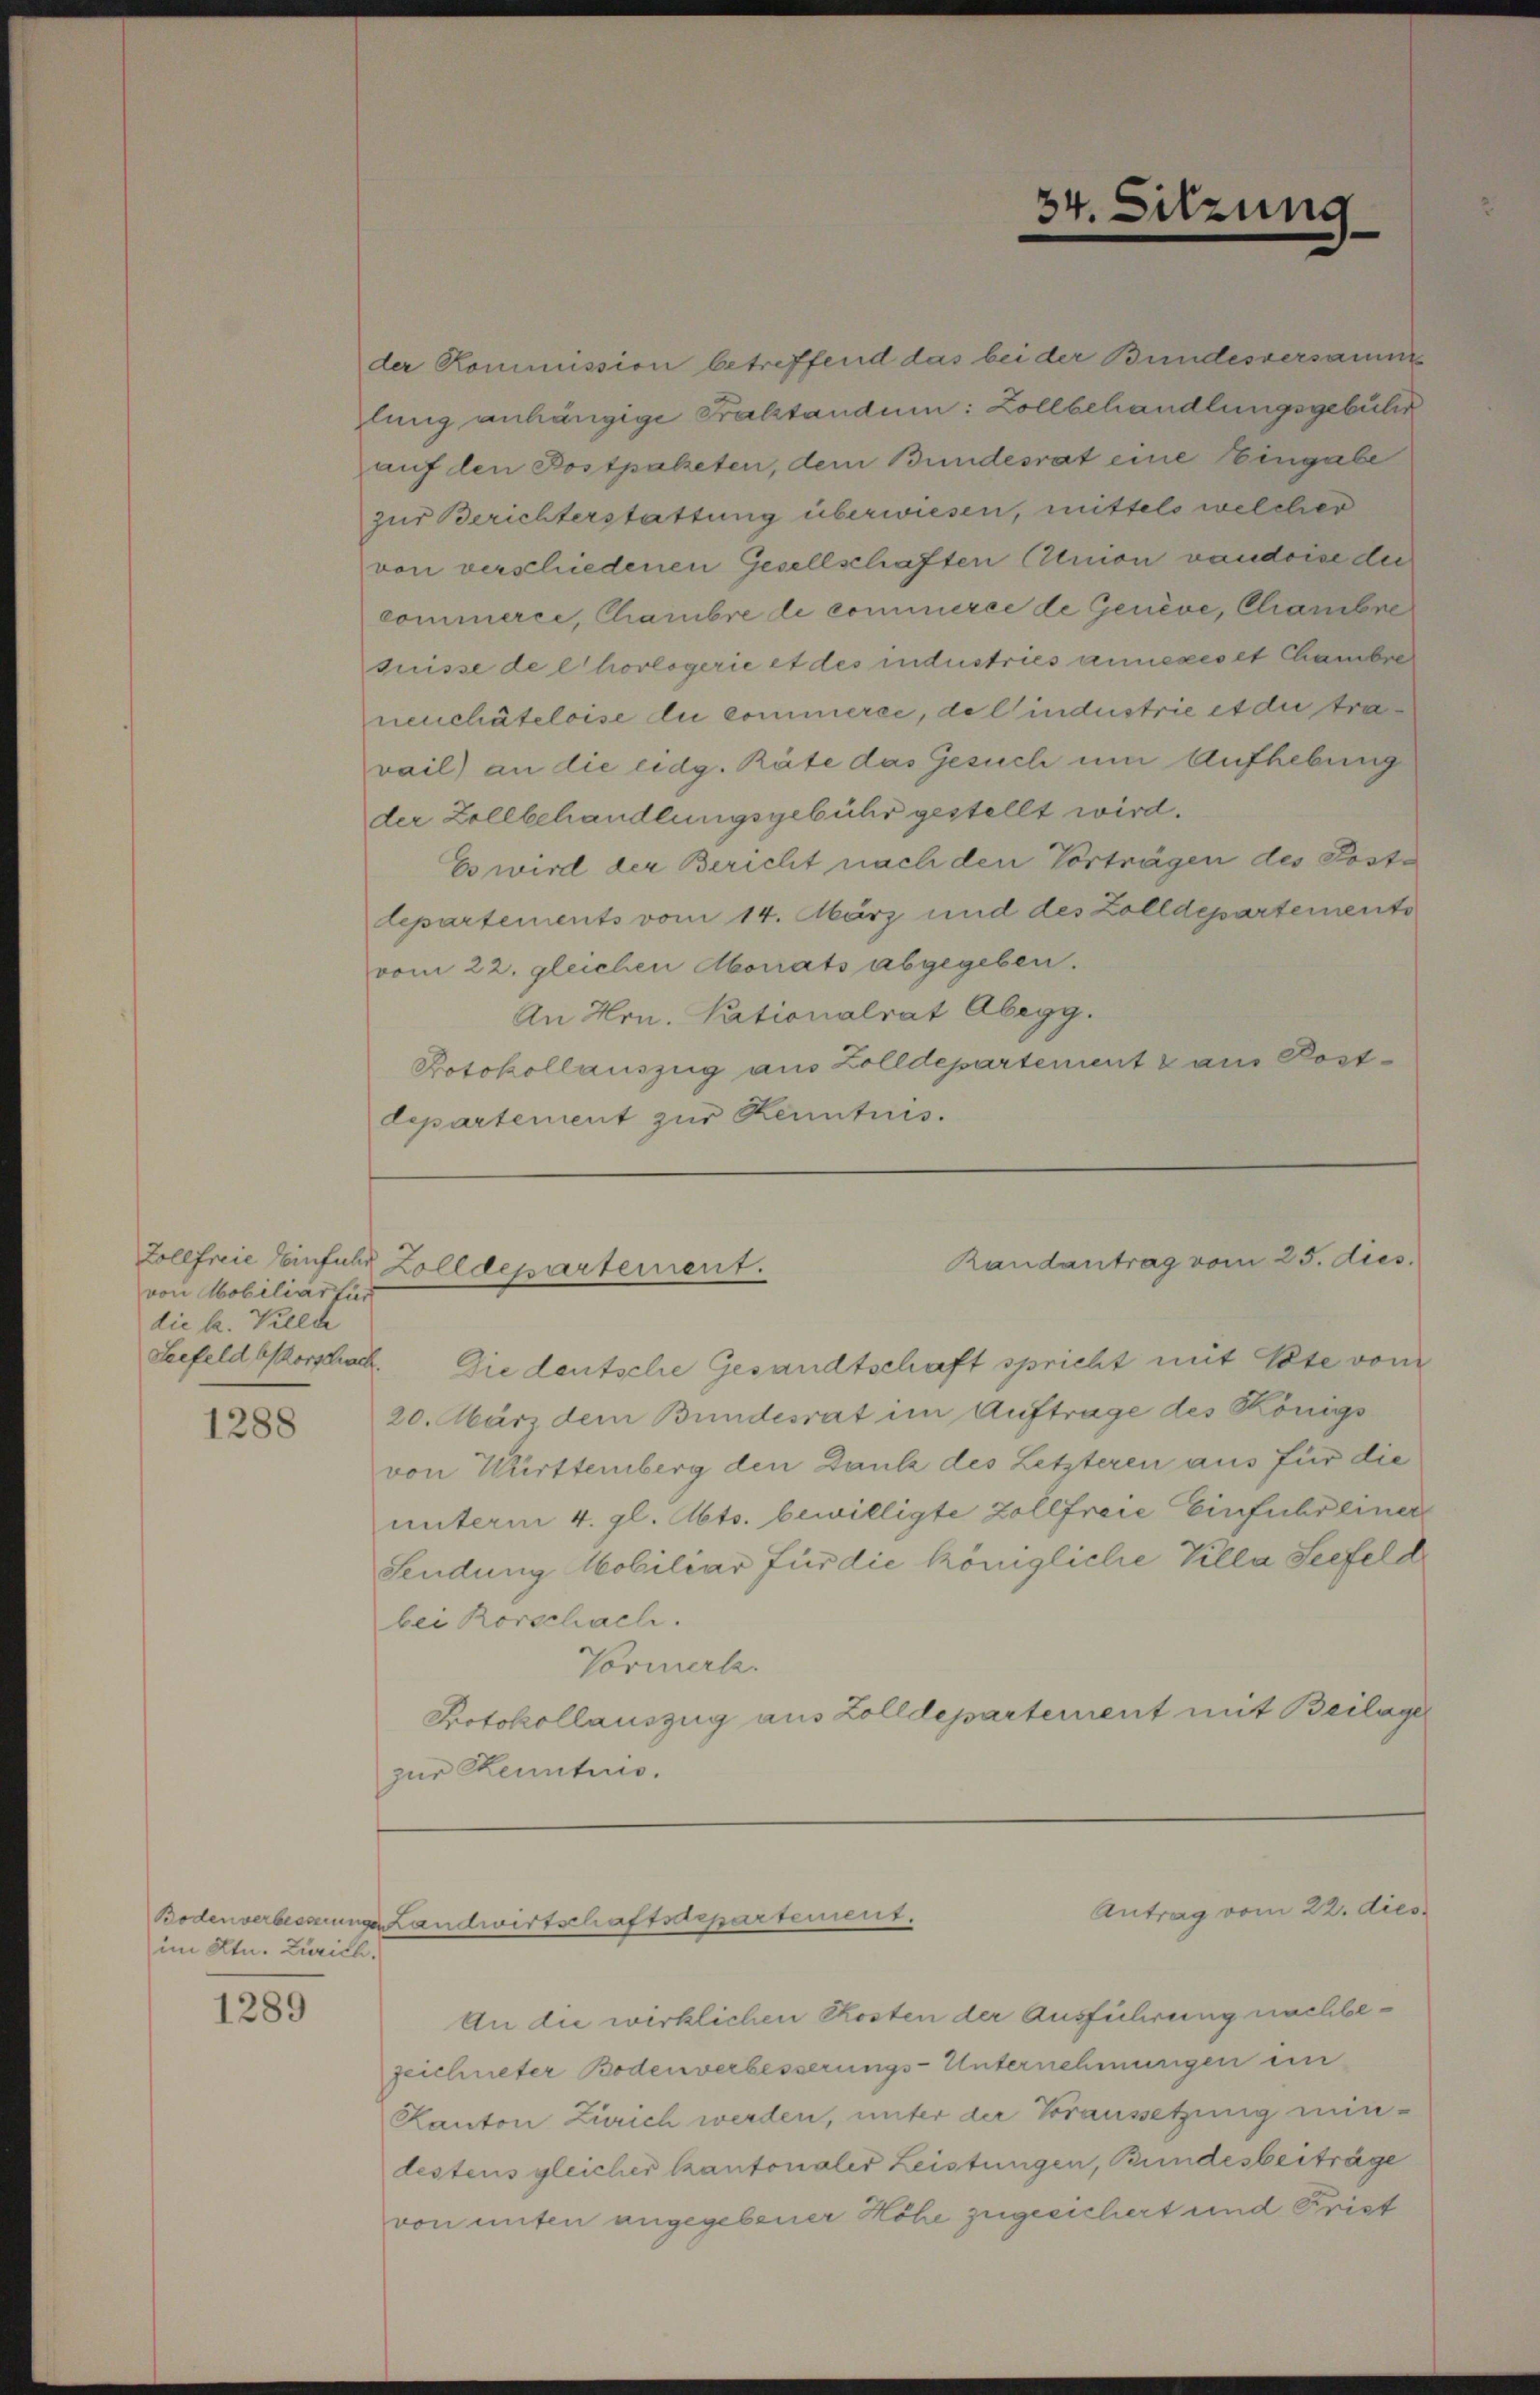
von Mobiliar für
die h. Villde

1288

Bodenverbesserungen
im Ktn. Zürich.

1289

vom 22. gleichen Morats abgegeben.
An Hrn. Nationalrat Abegg.
Potokollauszug aus Zolldepartement & aus Postdepartement zur Kenntnis.

24. Sitzung

der Kommission betreffend das bei der Bundesversamm
lung anhängige Praktandum: Zollbehandlungsgebühr
auf den Bosspaketen, dem Bundesrat eine Eingabe
zur Berichterstattung überwiesen, mittels welcher
von verschiedenen Gesellschaften Union vaudoise die
commerce, Chambre le commerce de Genève, Chambre
suisse de l’horlogerie et des industries anneres et Chambre
neuchâteloise lui commerce, de l’industrie et die tra
vail) an die eidg. Räte das Gesuch um Aufhebung
der Zollbehandlungsgebühr gestellt wird.
Es wird der Bericht nach den Vorträgen des Postdepartements vom 14. März und des Zolldepartements

Randantrag vom 25. dies
Zollfreie Einfuhr Zolldepartement.

Seefeldborschacht. Die deutsche Gesandtschaft spricht mit Pate vom
20. März dem Bundesrat im Auftrage des Königs
von Württemberg den Dank des Letzteren aus für die
unterm 4. gl. Abts. bewilligte Zollfreie Einfuhr einer
Sendung Mobiliar für die königliche Villa Seefeld
bei Rorschach.
Vormerle.
Protokollauszug aus Zolldepartement mit Beilage
zur Kenntnis.

Landwirtschaftsdepartement.

Antrag vom 22. dies

An die wirklichen Kosten der Ausführung nachbezeichneter Bodenverbesserungs-Unternehmungen ein
Kanton Zürich werden, unter der Voraussetzung mindestens gleicher Kantonaler Leistungen, Bundesbeiträge
von unten angegebener Höhe zugesichert und Frist